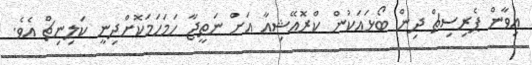
އިވާން ޕެރިސިޗް ދިން ބޯޅައަކުން ކްރޮއޭޝިއާ އަށް ނަތީޖާ ހަމަހަމަކޮށްދިނީ ކަލިނިޗް އެވެ.